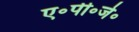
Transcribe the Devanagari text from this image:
ए॰पी॰जे॰